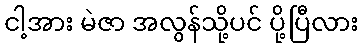
ငါ့အား မဲဇာ အလွန်သို့ပင် ပို့ပြီလား